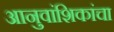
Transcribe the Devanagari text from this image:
आनुवांशिकांचा